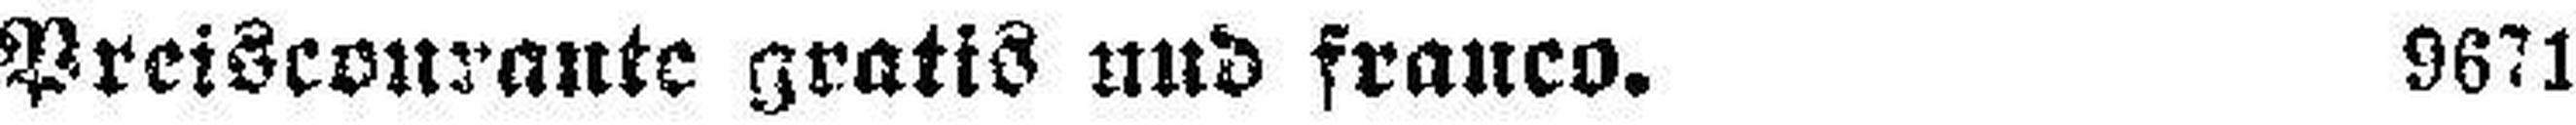
Preiscourante gratis und franco. 9671